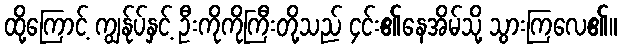
ထို့ကြောင့် ကျွန်ုပ်နှင့် ဦးကိုကိုကြီးတို့သည် ၄င်း၏နေအိမ်သို့ သွားကြလေ၏။